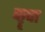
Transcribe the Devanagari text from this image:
कॄपा